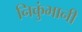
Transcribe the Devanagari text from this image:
निकुंभानी